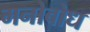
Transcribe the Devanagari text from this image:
मनोबोध